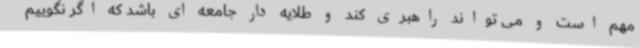
مهم است و می تواند راهبری کند و طلایه دار جامعه ای باشد که اگر نگوییم